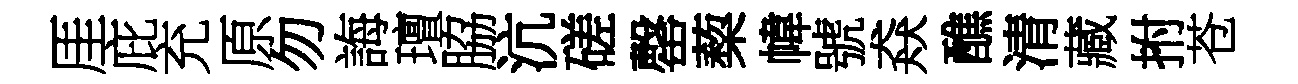
厓庇充原勿誨璮脇沆磋罄蔾幃號猋醮清藏拊苍